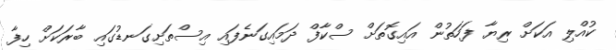
ކުއްލި އަކަށް ރިޔާ ފަހަތުން އައިގޮތަށް ސްކާފް ދަމައިގަނެފައި އިސްތަށިގަނޑުގައި ބާރަކަށް ހިފާ